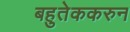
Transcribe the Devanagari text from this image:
बहुतेककरुन